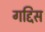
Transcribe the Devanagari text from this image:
गद्दिस